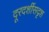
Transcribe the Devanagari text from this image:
दूरदर्शीसदृश